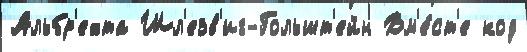
Альбр'ехта Шл'езв'иг-Гольшт'ейн Вм'е́ст'е код